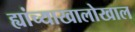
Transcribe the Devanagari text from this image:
ह्यांच्याखालोखाल